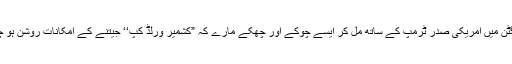
واشنگٹن میں امریکی صدر ٹرمپ کے ساتھ مل کر ایسے چوکے اور چھکے مارے کہ ”کشمیر ورلڈ کپ‘‘ جیتنے کے امکانات روشن ہو چکے۔